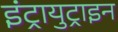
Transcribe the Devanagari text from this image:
इंट्रायुट्राइन